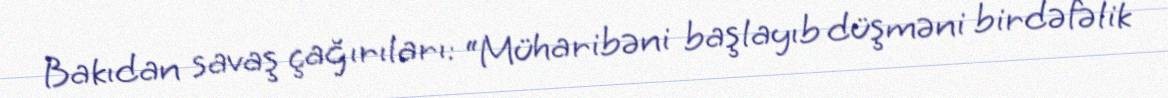
Bakıdan savaş çağırıları: “Müharibəni başlayıb düşməni birdəfəlik